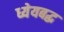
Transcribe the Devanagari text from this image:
ध्येयबद्ध